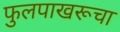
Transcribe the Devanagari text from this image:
फुलपाखरूचा